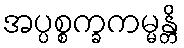
အပ္ပစ္စက္ခကမ္မန္တိ